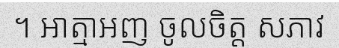
។ ឤត្មាអញ ចូលចិត្ត សភាវ